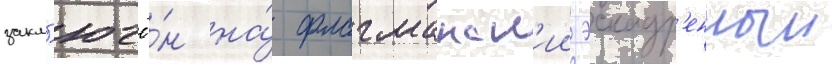
закл'ючё́н на́ флагманск'ии эскадр'енныи